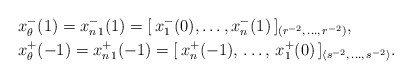
\begin{align*}&x^-_{\theta}(1)=x_{n\,1}^-(1)=[\,x_1^-(0),\ldots,x_{n}^-(1)\,]_{(r^{-2},\,\ldots,\, r^{-2})},\\&x_{\theta}^+(-1)=x_{n\,1}^+(-1)=[\,x_{n}^+(-1),\,\ldots,\,x_1^+(0)\,]_{\langle s^{-2},\,\ldots,\, s^{-2}\rangle}.\end{align*}